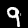
Label: 9